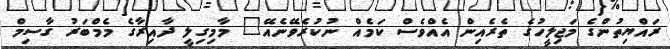
ރައްޔިތުންގެ މަޖިލީހުގެ ތެރެއިން އެއްވެސް ކަމެއް ނުކުރެވޭނެއޭ" މާމިގިލީ ދާއިރާގެ މެމްބަރު ގާސިމް